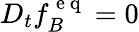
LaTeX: D_{t}f_{B}^{\mathrm{~e~q~}}=0